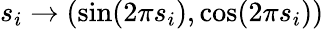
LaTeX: s_{i}\rightarrow(\sin(2\pi s_{i}),\cos(2\pi s_{i}))